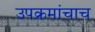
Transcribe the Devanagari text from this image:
उपक्रमांचाच